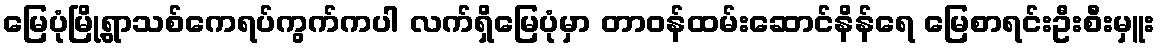
မြေပုံမြို့ရွာသစ်ကေရပ်ကွက်ကပါ လက်ရှိမြေပုံမှာ တာဝန်ထမ်းဆောင်နိန်ရေ မြေစာရင်းဦးစီးမှူး